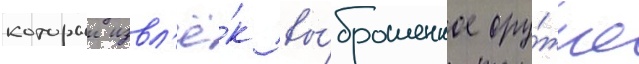
которыи извл'ё́к вы́брошенное ору́жие